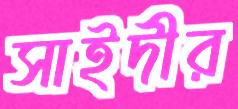
সাইদীর